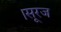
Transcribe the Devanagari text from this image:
।सूरज